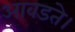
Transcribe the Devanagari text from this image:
आवडते।